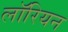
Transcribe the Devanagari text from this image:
लॉरियन